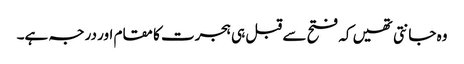
وہ جانتی تھیں کہ فتح سے قبل ہی ہجرت کا مقام اور درجہ ہے۔